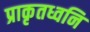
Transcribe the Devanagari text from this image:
प्राकृतध्वनि